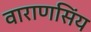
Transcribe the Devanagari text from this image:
वाराणसिंय